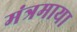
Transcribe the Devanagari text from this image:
मंत्रमाया